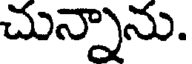
చున్నాను.